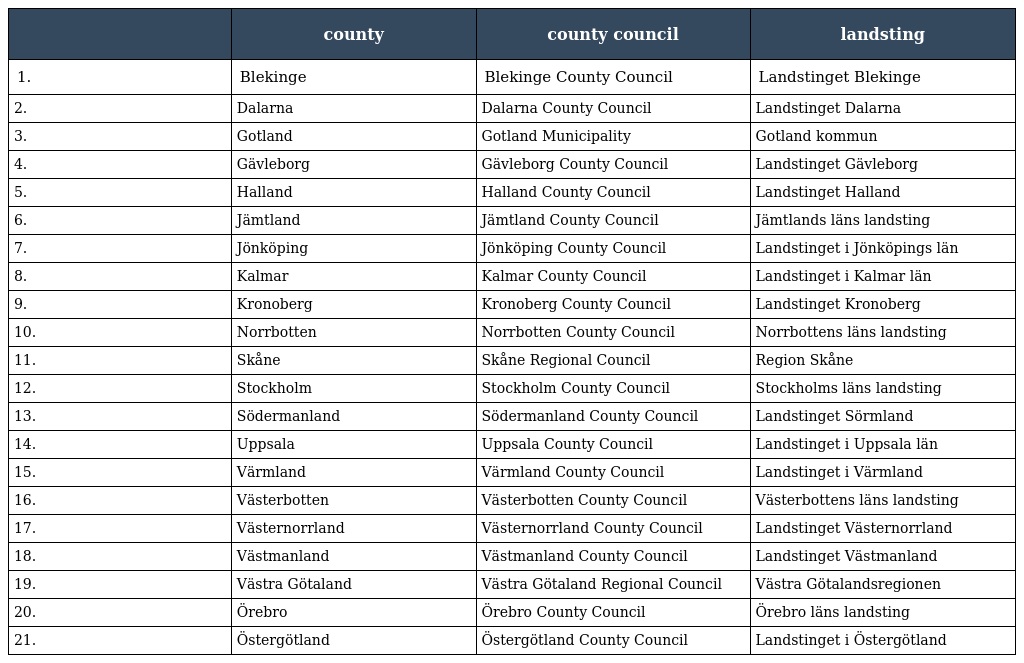
|  | county | county council | landsting |
 | --- | --- | --- | --- |
 | 1. | Blekinge | Blekinge County Council | Landstinget Blekinge |
 | 2. | Dalarna | Dalarna County Council | Landstinget Dalarna |
 | 3. | Gotland | Gotland Municipality | Gotland kommun |
 | 4. | Gävleborg | Gävleborg County Council | Landstinget Gävleborg |
 | 5. | Halland | Halland County Council | Landstinget Halland |
 | 6. | Jämtland | Jämtland County Council | Jämtlands läns landsting |
 | 7. | Jönköping | Jönköping County Council | Landstinget i Jönköpings län |
 | 8. | Kalmar | Kalmar County Council | Landstinget i Kalmar län |
 | 9. | Kronoberg | Kronoberg County Council | Landstinget Kronoberg |
 | 10. | Norrbotten | Norrbotten County Council | Norrbottens läns landsting |
 | 11. | Skåne | Skåne Regional Council | Region Skåne |
 | 12. | Stockholm | Stockholm County Council | Stockholms läns landsting |
 | 13. | Södermanland | Södermanland County Council | Landstinget Sörmland |
 | 14. | Uppsala | Uppsala County Council | Landstinget i Uppsala län |
 | 15. | Värmland | Värmland County Council | Landstinget i Värmland |
 | 16. | Västerbotten | Västerbotten County Council | Västerbottens läns landsting |
 | 17. | Västernorrland | Västernorrland County Council | Landstinget Västernorrland |
 | 18. | Västmanland | Västmanland County Council | Landstinget Västmanland |
 | 19. | Västra Götaland | Västra Götaland Regional Council | Västra Götalandsregionen |
 | 20. | Örebro | Örebro County Council | Örebro läns landsting |
 | 21. | Östergötland | Östergötland County Council | Landstinget i Östergötland |